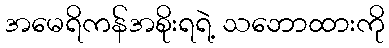
အမေရိကန်အစိုးရရဲ့ သဘောထားကို